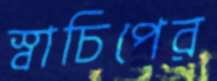
স্বাচিপের